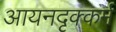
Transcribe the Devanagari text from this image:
आयनदृक्कर्म